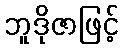
ဘူဒိုဇာဖြင့်